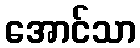
အောင်သာ